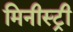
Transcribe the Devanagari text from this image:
मिनीस्‍ट्री